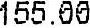
155.00